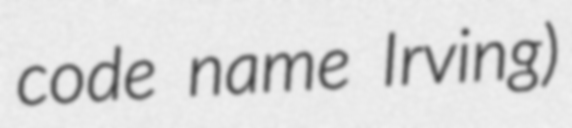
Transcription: code name Irving)